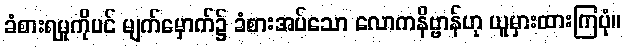
ခံစားရမှုကိုပင် မျက်မှောက်၌ ခံစားအပ်သော လောကနိဗ္ဗာန်ဟု ယူမှားထားကြပုံ။